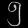
Digit: ၅